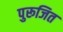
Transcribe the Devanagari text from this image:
पुरूजित